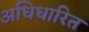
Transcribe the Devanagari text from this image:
अधिधारित